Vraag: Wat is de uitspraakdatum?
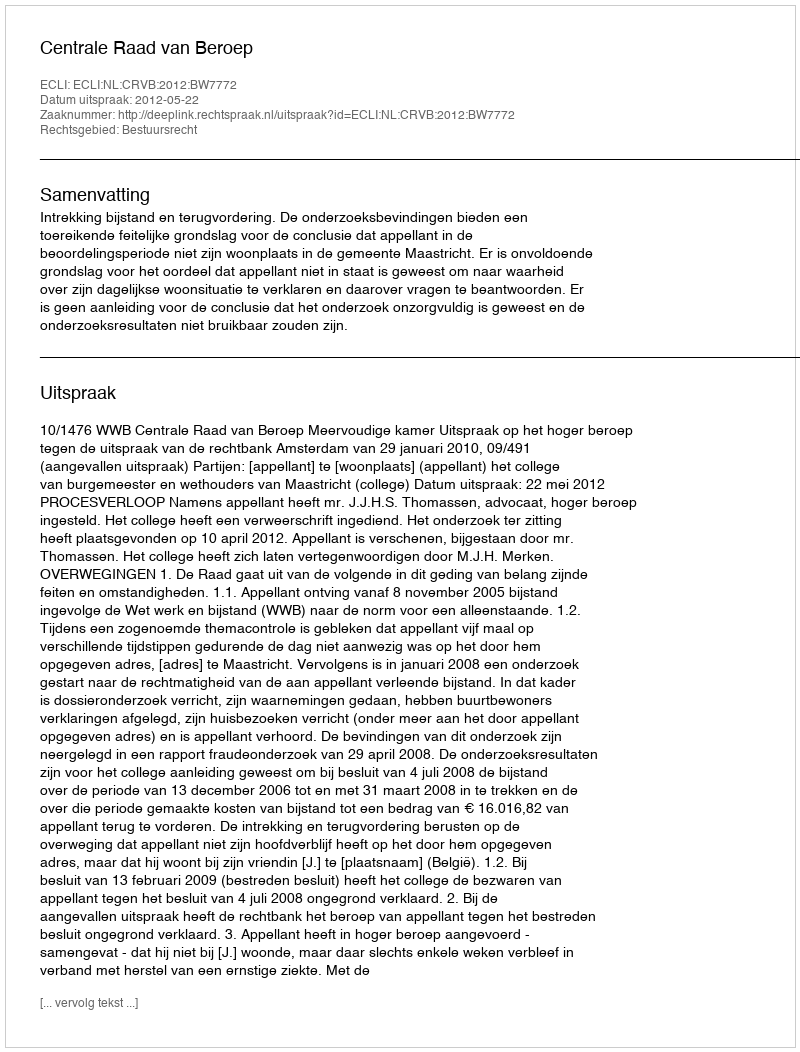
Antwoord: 2012-05-22